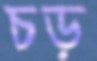
চড়